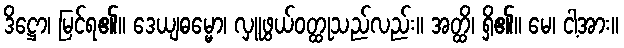
ဒိဋ္ဌော၊ မြင်ရ၏။ ဒေယျဓမ္မော၊ လှူဖွယ်ဝတ္ထုသည်လည်း။ အတ္ထိ၊ ရှိ၏။ မေ၊ ငါ့အား။